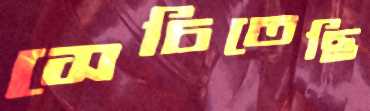
সেচিতেছি